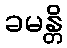
ခမန္တိ